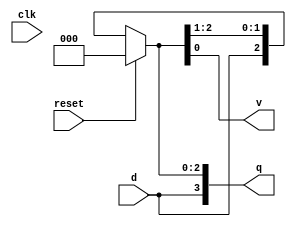
`timescale 1ns / 1ps
module siso(input clk,d,reset,output reg [3:0]q,output v
    );
always @(clk or d)
begin
if(reset==1)
q<=4'b0000;
else
q<=q>>1;
q[3]<=d;
end
assign v=q[0];

endmodule